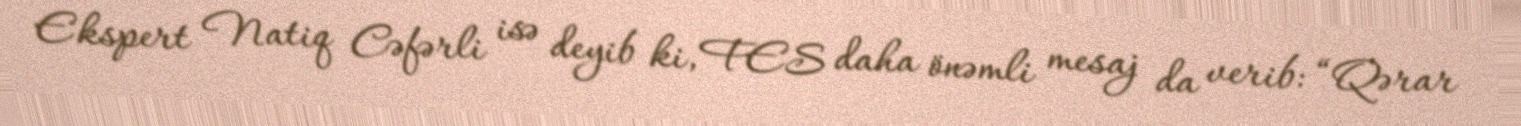
Ekspert Natiq Cəfərli isə deyib ki, FES daha önəmli mesaj da verib: “Qərar